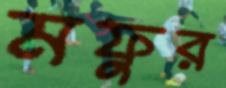
মফুর